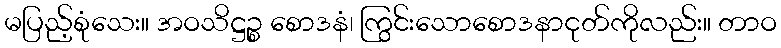
မပြည့်စုံသေး။ အဝသိဋ္ဌဉ္စ စောဒနံ၊ ကြွင်းသောစောဒနာငုတ်ကိုလည်း။ တာဝ